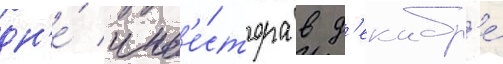
дн'е́ инв'е́стора в д'екабр'е́